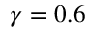
\gamma = 0 . 6